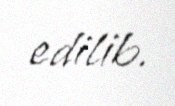
edilib.